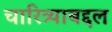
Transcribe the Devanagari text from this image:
चारित्र्याबद्दल